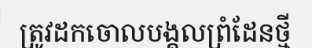
ត្រូវដកចោលបង្គលព្រំដែនថ្មី